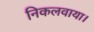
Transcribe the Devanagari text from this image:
निकलवाया।